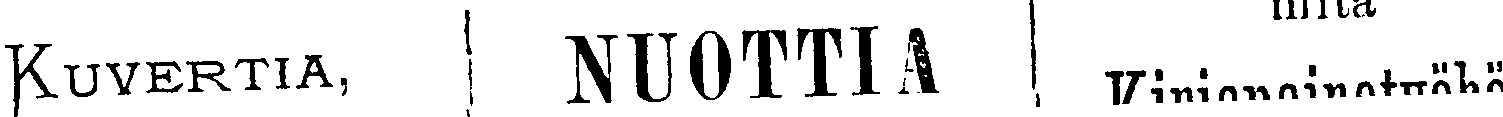
Kuvertia,  NUOTTIA  mitä